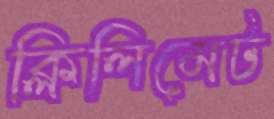
ক্লিলিমেট